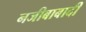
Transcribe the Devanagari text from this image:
नजीबाबादी